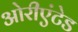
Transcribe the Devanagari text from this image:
ओरीएंटेड